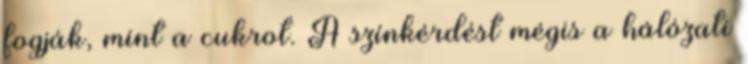
fogják, mint a cukrot. A színkérdést mégis a hálózati